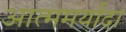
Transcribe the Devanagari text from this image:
आत्ममर्यादा